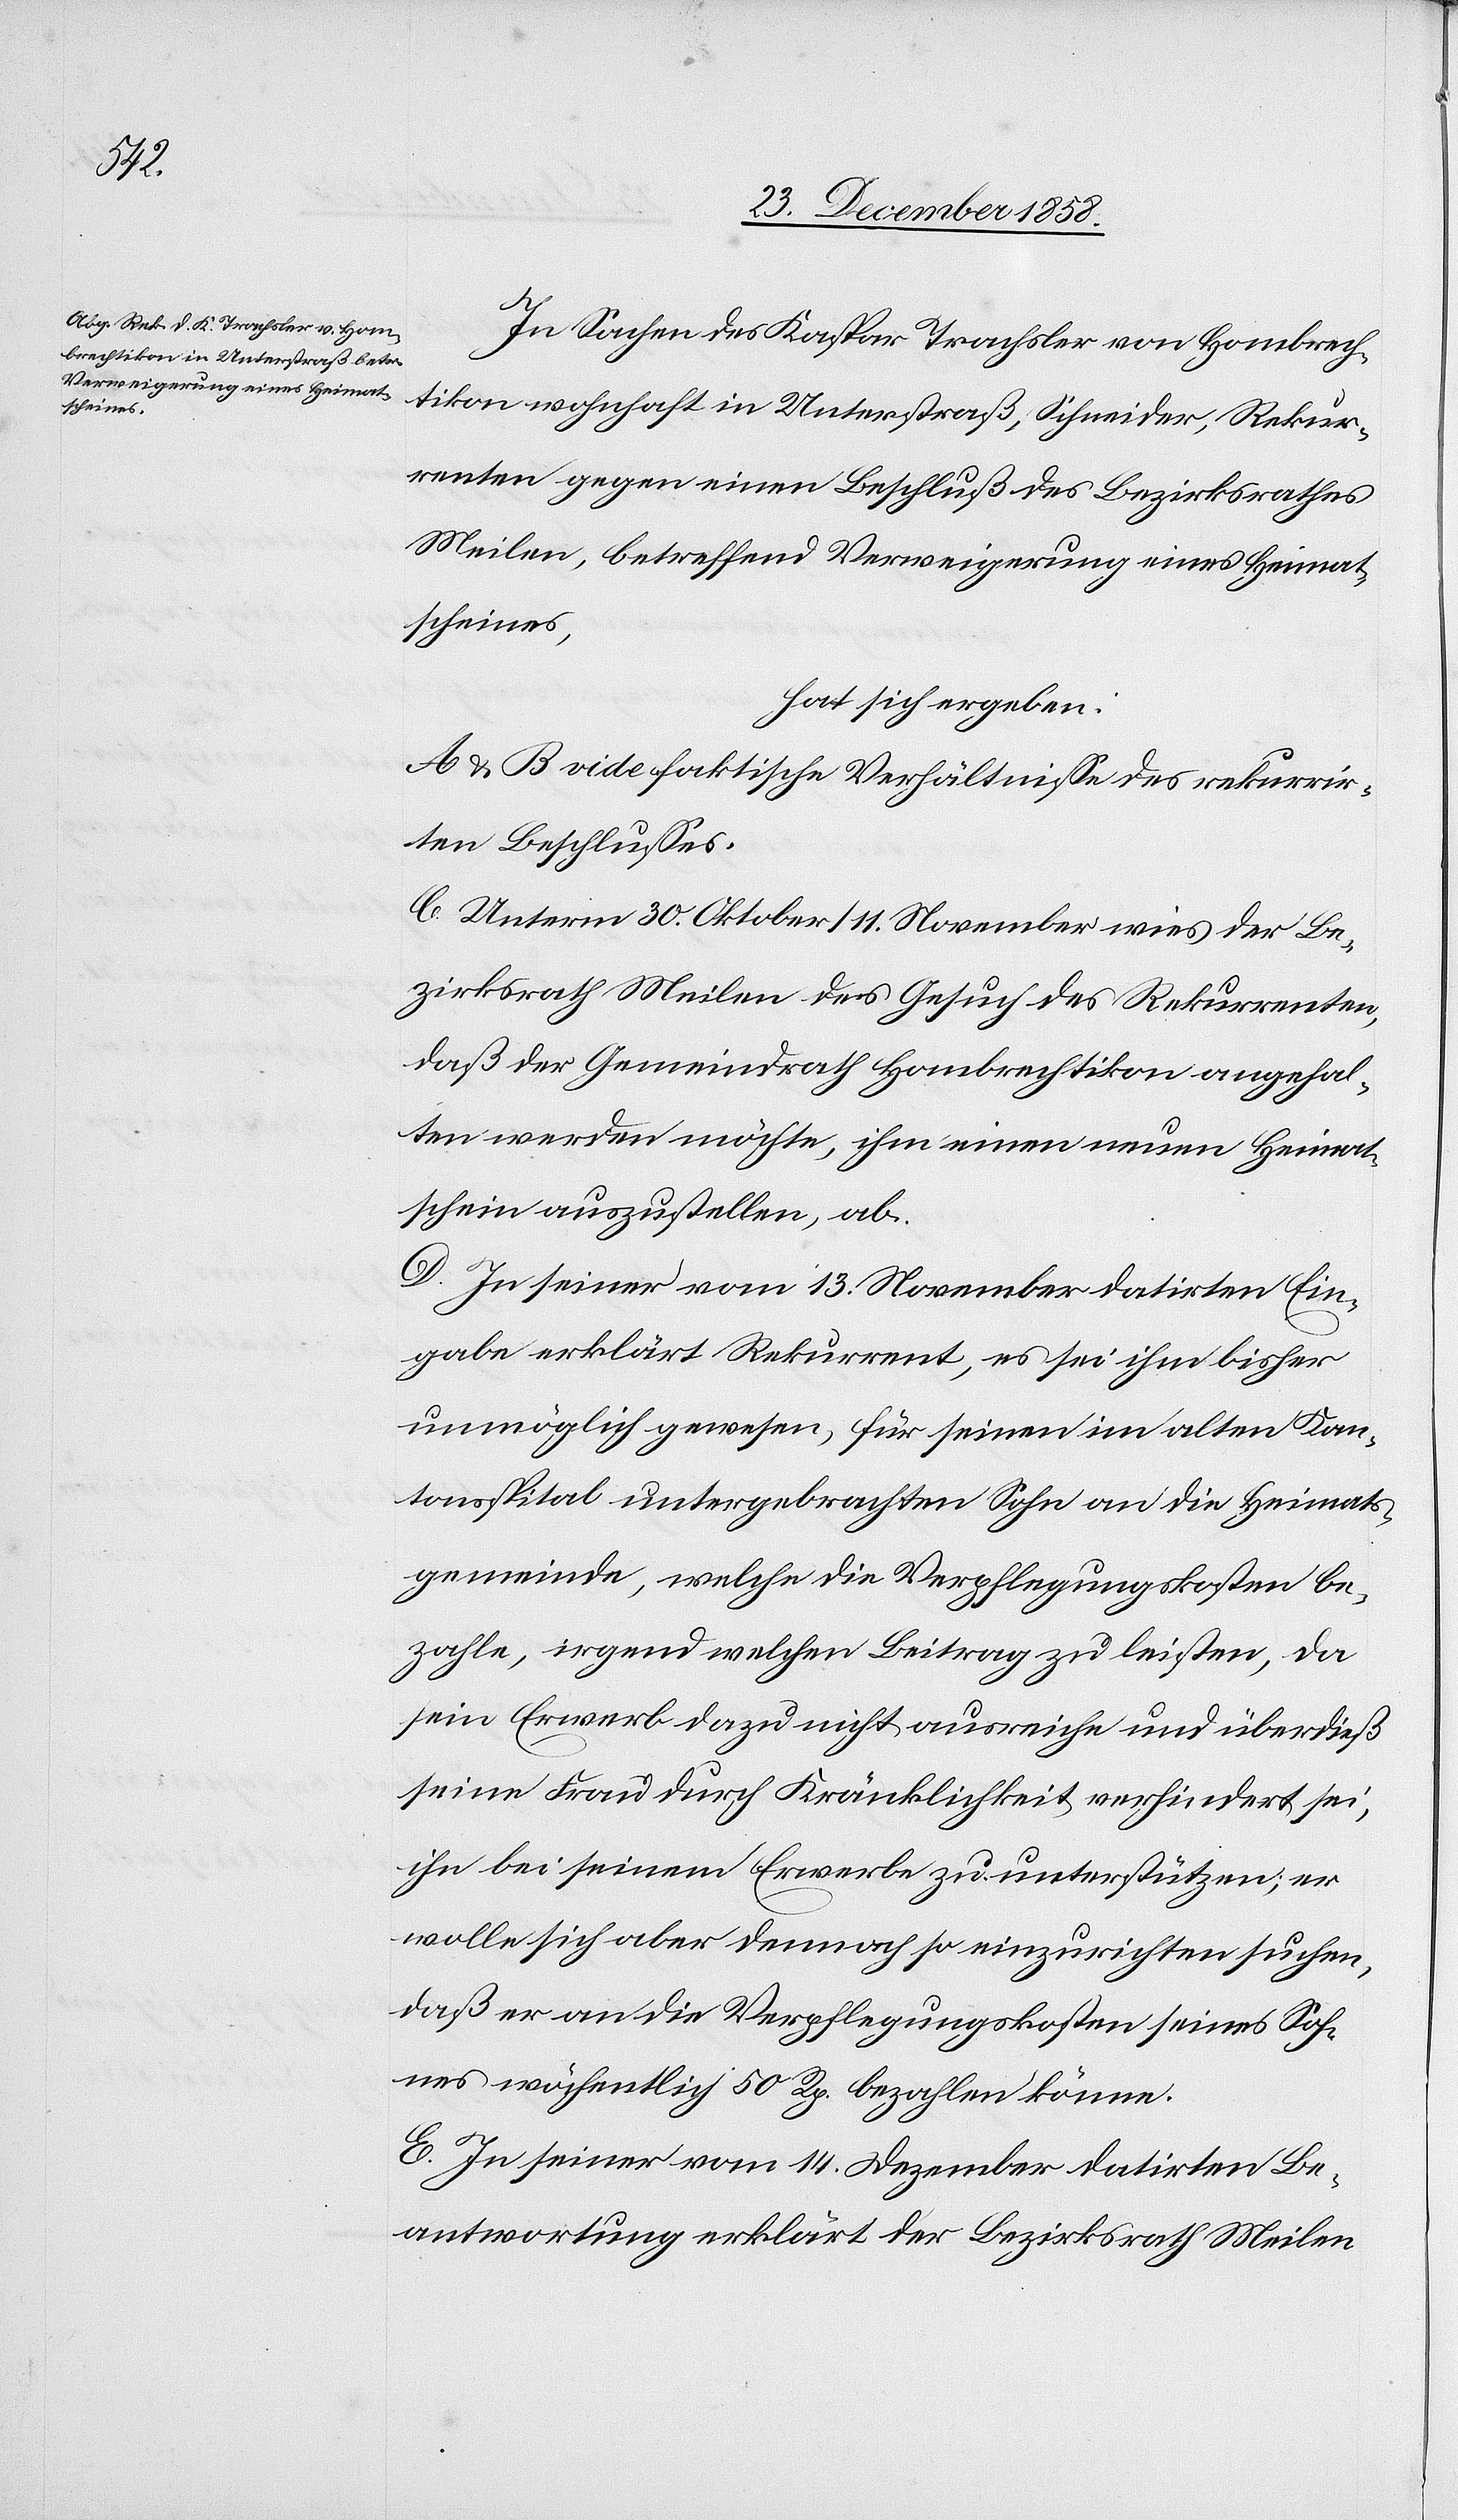
In Sachen des Kaspar Trachsler von Hombrech¬
tikon wohnhaft in Unterstraß, Schneider, Rekur¬
renten gegen einen Beschluß des Bezirksrathes
Meilen, betreffend Verweigerung eines Heimat¬
scheines,
hat sich ergeben:
A & B vide faktische Verhältnisse des rekurrir¬
ten Beschlusses.
C. Unterm 30. Oktober / 11. November wies der Be¬
zirksrath Meilen des [sic!] Gesuch des Rekurrenten,
daß der Gemeindrath Hombrechtikon angehal¬
ten werden möchte, ihm einen neuen Heimat¬
schein auszustellen, ab.
D. In seiner vom 13. November datirten Ein¬
gabe erklärt Rekurrent, es sei ihm bisher
unmöglich gewesen, für seinen im alten Kan¬
tonsspital untergebrachten Sohn an die Heimats¬
gemeinde, welche die Verpflegungskosten be¬
zahle, irgend welchen Beitrag zu leisten, da
sein Erwerb dazu nicht ausreiche und überdieß
seine Frau durch Kränklichkeit verhindert sei,
ihn bei seinem Erwerbe zu unterstützen; er
wolle sich aber dennoch so einzurichten suchen,
daß er an die Verpflegungskosten seines Soh¬
nes wöchentlich 50 Rp. bezahlen könne.
E. In seiner vom 14. Dezember datirten Be¬
antwortung erklärt der Bezirksrath Meilen